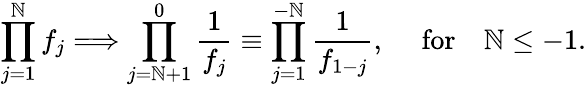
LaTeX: \prod_{j=1}^{\mathbb{N}}f_{j}\Longrightarrow\prod_{j=\mathbb{N}+1}^{0}{\frac{{1}}{{f_{j}}}}\equiv\prod_{j=1}^{-\mathbb{N}}{\frac{{1}}{{f_{1-j}}}},\quad\mathrm{{~for}}\quad\mathbb{N}\leq-1.